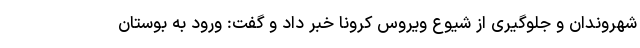
شهروندان و جلوگیری از شیوع ویروس کرونا خبر داد و گفت: ورود به بوستان